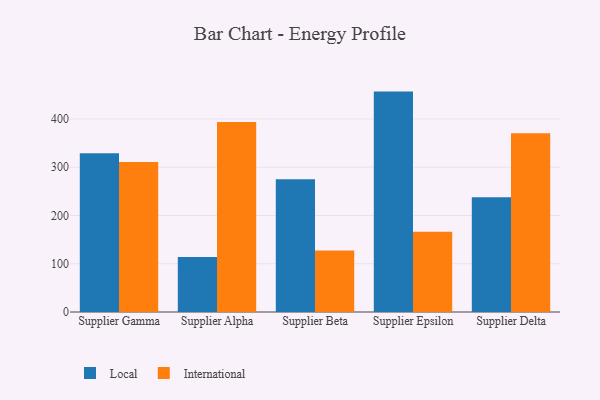
{"axis": {"x": "Supplier", "y": "Page Views"}, "legend": ["International", "Local"], "data": [{"x": "Supplier Gamma", "y": 328.7, "type": "Local"}, {"x": "Supplier Gamma", "y": 310.6, "type": "International"}, {"x": "Supplier Alpha", "y": 113.8, "type": "Local"}, {"x": "Supplier Alpha", "y": 393.7, "type": "International"}, {"x": "Supplier Beta", "y": 275.3, "type": "Local"}, {"x": "Supplier Beta", "y": 127.3, "type": "International"}, {"x": "Supplier Epsilon", "y": 456.7, "type": "Local"}, {"x": "Supplier Epsilon", "y": 166.2, "type": "International"}, {"x": "Supplier Delta", "y": 237.9, "type": "Local"}, {"x": "Supplier Delta", "y": 370.3, "type": "International"}]}